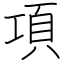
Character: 項